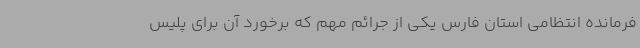
فرمانده انتظامی استان فارس یکی از جرائم مهم که برخورد آن برای پلیس